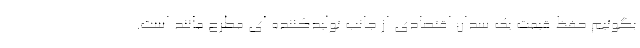
بگوئیم حفظ قیمت یک سدان اقتصادی از جانب تولیدکننده ای مطرح مانند است.